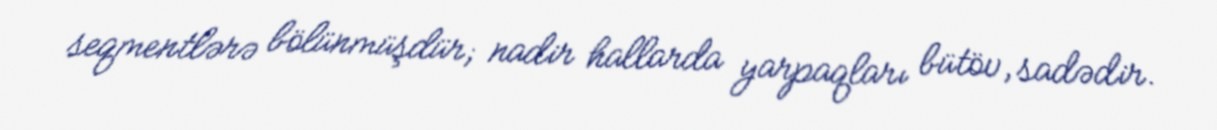
seqmentlərə bölünmüşdür; nadir hallarda yarpaqları bütöv, sadədir.